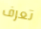
تعرف